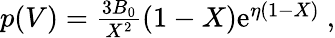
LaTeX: \begin{array}{r}{p(V)=\frac{3B_{0}}{X^{2}}(1-X)\mathrm{e}^{\eta(1-X)}~,}\end{array}